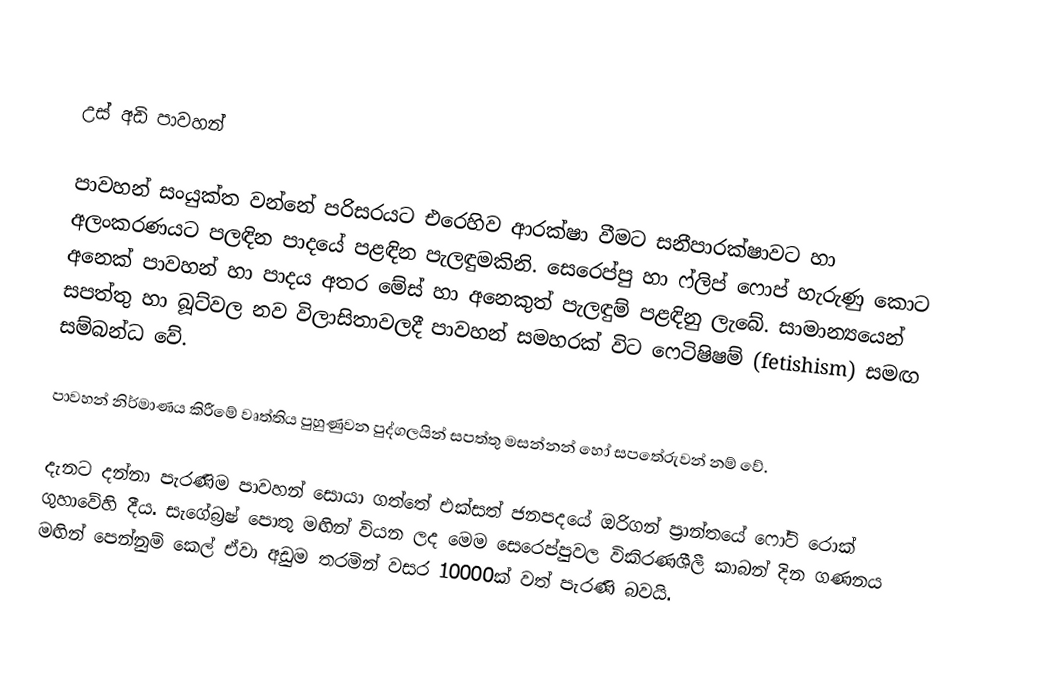

උස් අඩි පාවහන්

පාවහන් සංයුක්ත වන්නේ පරිස‍රයට එරෙහිව ආරක්ෂා වීමට සනීපාරක්ෂාවට හා අලංකරණයට පලඳින පාදයේ පළඳින පැලඳුමකිනි. සෙරෙප්පු හා ෆ්ලිප් ෆොප් හැරුණු කොට අනෙක් පාවහන් හා පාදය අතර මේස් හා අනෙකුත් පැලඳුම් පළඳිනු ලැබේ. සාමාන්‍යයෙන් සපත්තු හා බූට්වල නව විලාසිතාවලදී පාවහන් සමහරක් විට ෆෙටිෂිෂම් (fetishism) සමඟ සම්බන්ධ වේ.

පාවහන් නිර්මාණය කිරීමේ වෘත්තිය පුහුණුවන පුද්ගලයින් සපත්තු මසන්නන් හෝ සපතේරුවන් නම් වේ.

දැනට දන්නා පැරණිම පාවහන් සොයා ගත්තේ එක්සත් ජනපදයේ ඔරිගන් ප්‍රාන්තයේ ෆෝට් රොක් ගුහාවේහි දීය. සැගේබ්‍රෂ් පොතු මඟින් වියන ලද මෙම සෙරෙප්පුවල විකිරණශීලී කාබන් දින ගණනය මඟින් පෙන්නුම් ක‍ෙල් ඒවා අඩුම තරමින් වසර 10000ක් වත් පැරණි බවයි.